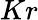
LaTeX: Kr